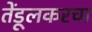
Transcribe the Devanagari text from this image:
तेंडूलकरचा